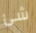
شئ